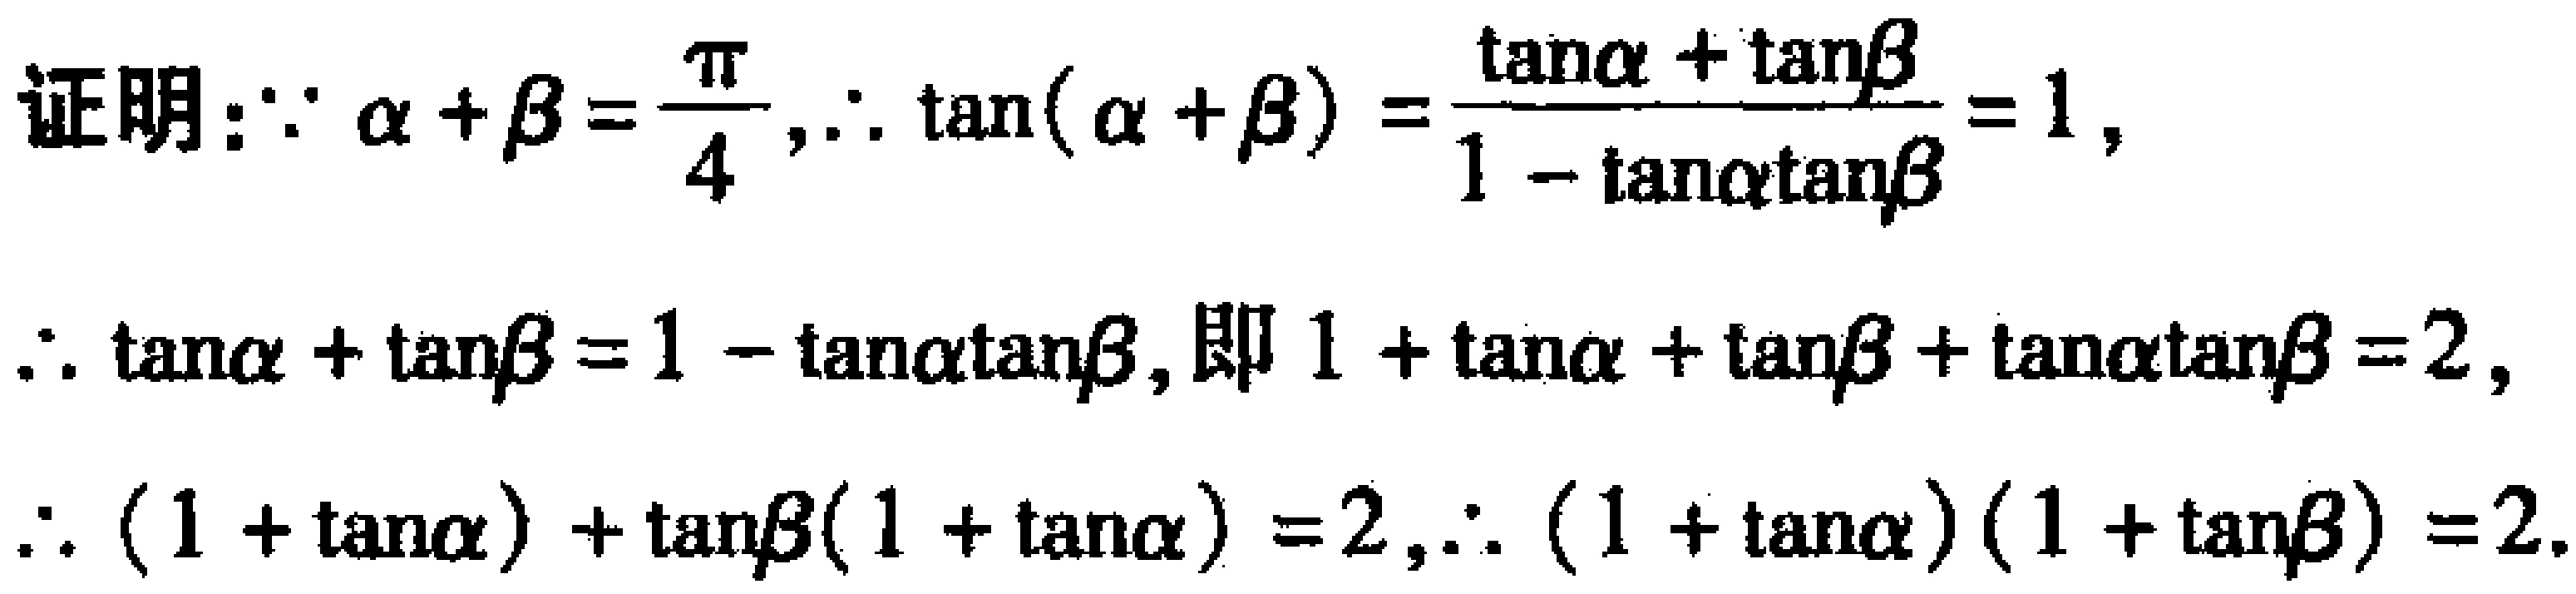
证明：$\because \alpha +\beta =\frac{\pi}{4},\therefore \tan(\alpha +\beta )=\frac{\tan\alpha + \tan\beta}{1 - \tan\alpha\tan\beta}=1,$
$\therefore \tan\alpha + \tan\beta = 1 - \tan\alpha\tan\beta,即 1 + \tan\alpha + \tan\beta + \tan\alpha\tan\beta = 2,$
$\therefore (1 + \tan\alpha) + \tan\beta(1 + \tan\alpha) = 2,\therefore (1 + \tan\alpha)(1 + \tan\beta) = 2.$